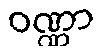
ဝဏ္ဏာ